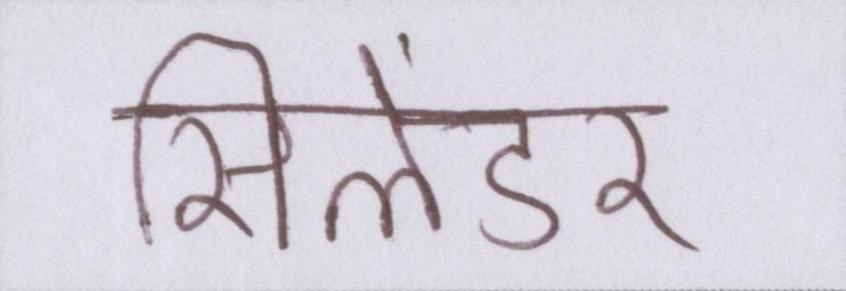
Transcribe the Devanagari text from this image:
सिलेंडर